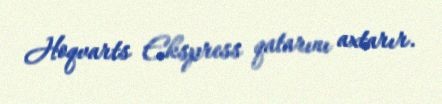
Hoqvarts Ekspress qatarını axtarır.